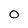
Character: 0